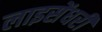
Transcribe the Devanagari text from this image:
लाइसेंधरी